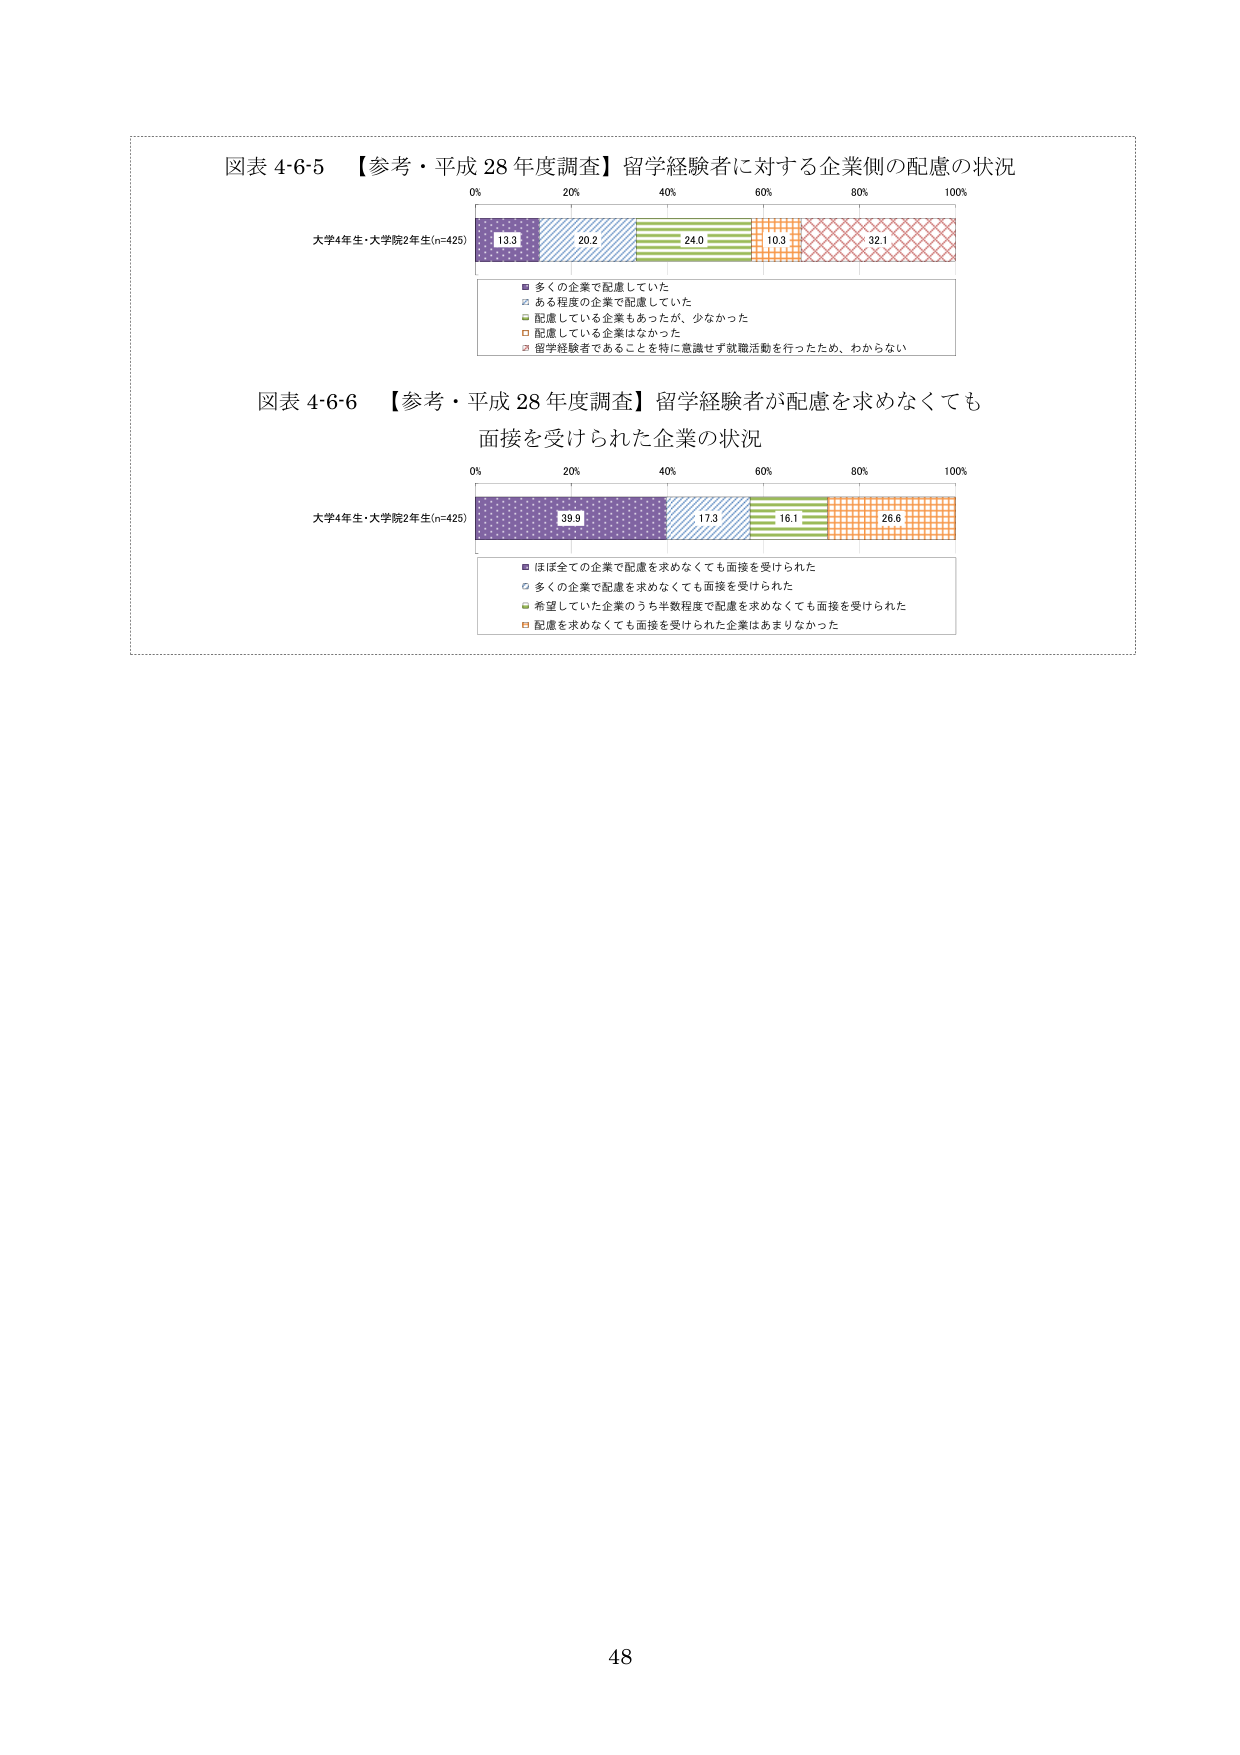
図表 4-6-5 【参考・平成 28 年度調査】留学経験者に対する企業側の配慮の状況
0% 20% 40% 60% 80% 100%
大学4年生・大学院2年生(n=425)
13.3 20.2 24.0 10.3 32.1
■ 多くの企業で配慮していた
□ ある程度の企業で配慮していた
□ 配慮している企業もあったが、少なかった
□ 配慮している企業はなかった
□ 留学経験者であることを特に意識せず就職活動を行ったため、わからない

図表 4-6-6 【参考・平成 28 年度調査】留学経験者が配慮を求めなくても
面接受けられた企業の状況
0% 20% 40% 60% 80% 100%
大学4年生・大学院2年生(n=425)
39.9 17.3 16.1 26.6
■ ほぼ全ての企業で配慮を求めなくても面接受けられた
□ 多くの企業で配慮を求めなくても面接受けられた
□ 希望していた企業のうち半数程度で配慮を求めなくても面接受けられた
□ 配慮を求めなくても面接受けられた企業はあまりなかった

48